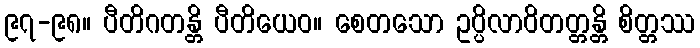
၉၇-၉၈။ ပီတိဂတန္တိ ပီတိယေဝ။ စေတသော ဥပ္ပိလာဝိတတ္တန္တိ စိတ္တဿ